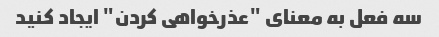
سه فعل به معنای "عذرخواهی کردن" ایجاد کنید